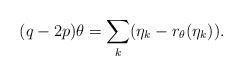
\begin{align*}(q-2p) \theta = \sum_{k}(\eta_k - r_{\theta} (\eta_k )).\end{align*}